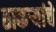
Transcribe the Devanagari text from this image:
ठाकऱ्यांचे